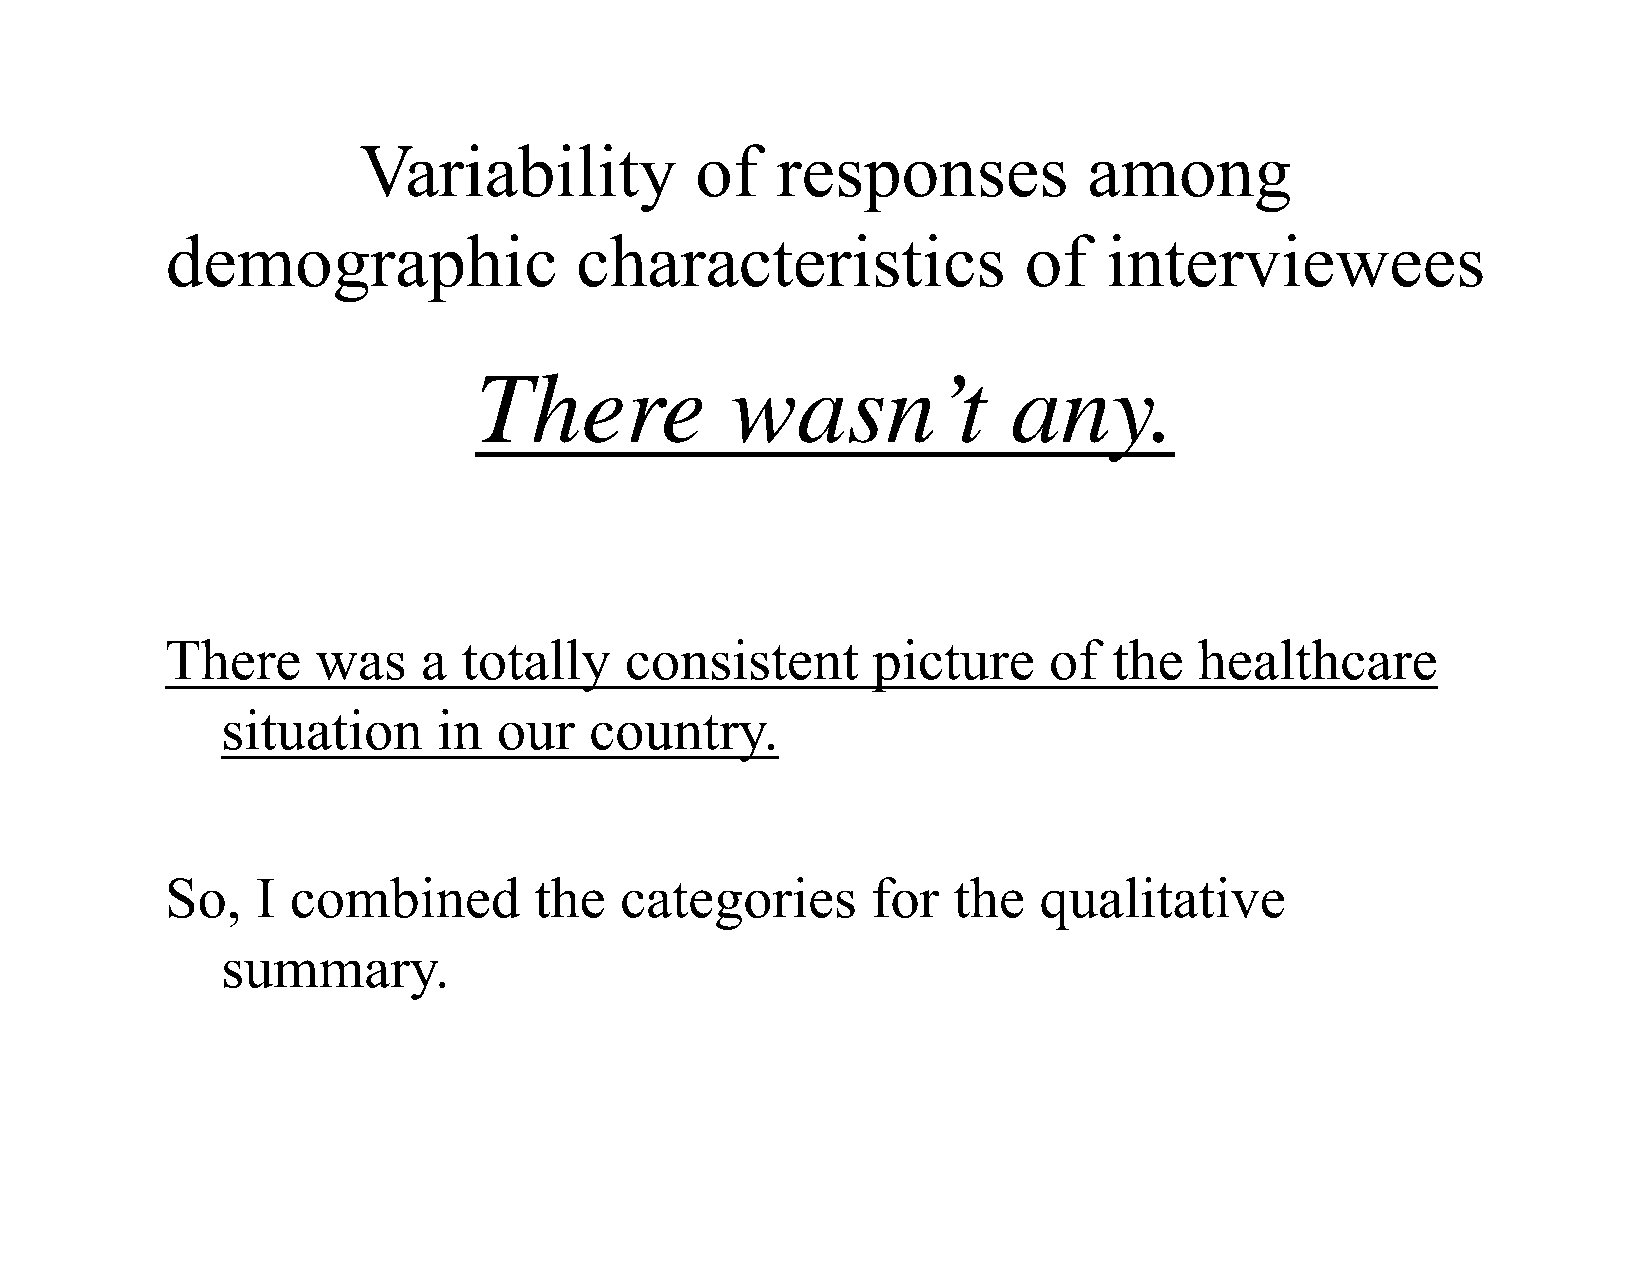
Variability           of   responses            among
 demographic                characteristics               of   interviewees
 There            wasn’t             any.
 There     was    a  totally   consistent       picture    of   the  healthcare
 situation     in  our   country.
 So,   I combined        the   categories       for  the   qualitative
 summary.